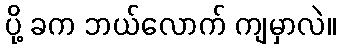
ပို့ ခက ဘယ်လောက် ကျမှာလဲ။